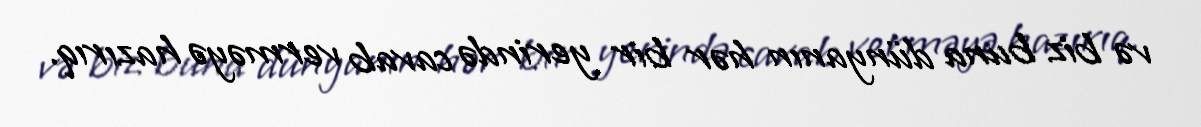
və biz buna dünyanın hər bir yerində cavab verməyə hazırıq.